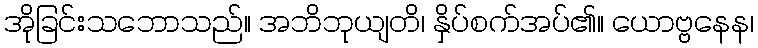
အိုခြင်းသဘောသည်။ အဘိဘုယျတိ၊ နှိပ်စက်အပ်၏။ ယောဗ္ဗနေန၊